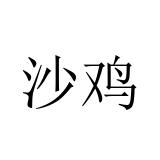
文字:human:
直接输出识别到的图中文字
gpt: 沙鸡